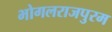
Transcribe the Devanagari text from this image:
भोगलराजपुरम